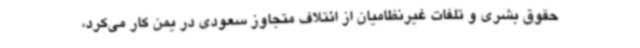
حقوق بشری و تلفات غیرنظامیان از ائتلاف متجاوز سعودی در یمن کار می‌کرد،